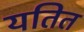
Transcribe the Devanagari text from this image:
यतित